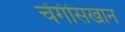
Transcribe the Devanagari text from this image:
चेंगीसखान